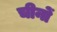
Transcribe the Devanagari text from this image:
चीनों